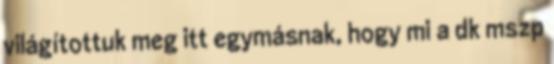
világítottuk meg itt egymásnak, hogy mi a dk mszp